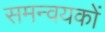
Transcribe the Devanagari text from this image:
समन्वयकों